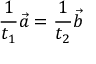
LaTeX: { \frac { 1 } { t _ { 1 } } } { \vec { a } } = { \frac { 1 } { t _ { 2 } } } { \vec { b } }